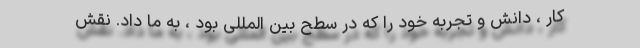
کار ، دانش و تجربه خود را که در سطح بین المللی بود ، به ما داد. نقش